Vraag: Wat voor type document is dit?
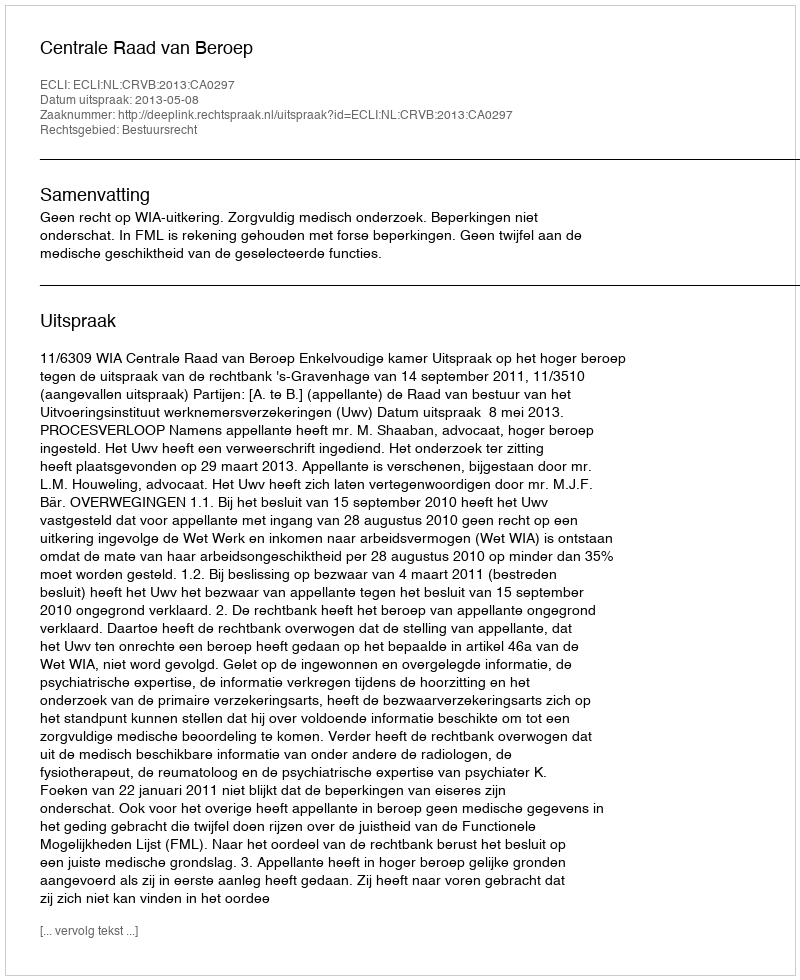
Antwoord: Uitspraak